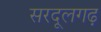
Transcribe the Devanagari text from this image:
सरदूलगढ़